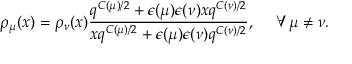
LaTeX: \rho _ { \mu } ( x ) = \rho _ { \nu } ( x ) \frac { q ^ { C ( \mu ) / 2 } + \epsilon ( \mu ) \epsilon ( \nu ) x q ^ { C ( \nu ) / 2 } } { x q ^ { C ( \mu ) / 2 } + \epsilon ( \mu ) \epsilon ( \nu ) q ^ { C ( \nu ) / 2 } } , ~ ~ ~ ~ \forall \mu \neq \nu .